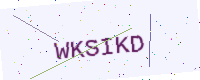
Text: WKSIKD